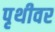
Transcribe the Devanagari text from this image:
पृथीवर